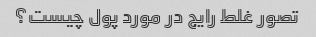
تصور غلط رایج در مورد پول چیست؟